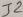
Text: J2